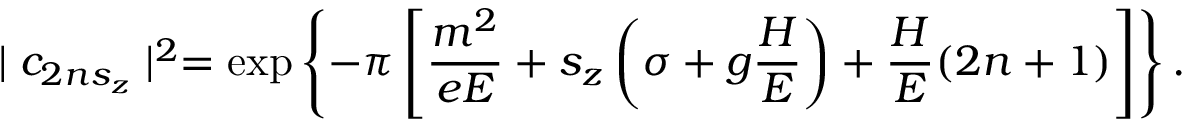
\mid c _ { 2 n s _ { z } } \mid ^ { 2 } = \exp \left\{ - \pi \left[ \frac { m ^ { 2 } } { e E } + s _ { z } \left( \sigma + g \frac H E \right) + \frac H E ( 2 n + 1 ) \right] \right\} .